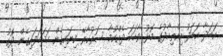
އަބަދާ އަބަދު އިއްތިހާދުގެ މޮޅު ވާހަކަ ދެއްކުމާ ސަރުކާރޭ ކިޔައިގެން ހަދަހަދައިގެން ދޮގު